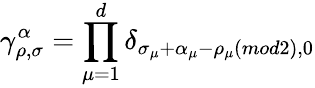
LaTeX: \gamma_{\rho,\sigma}^{\alpha}=\prod_{\mu=1}^{d}\delta_{\sigma_{\mu}+\alpha_{\mu}-\rho_{\mu}(mod2),0}